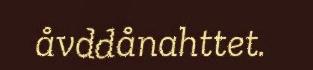
åvddånahttet.